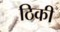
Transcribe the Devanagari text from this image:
ठिकी